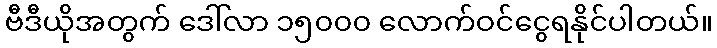
ဗီဒီယိုအတွက် ဒေါ်လာ ၁၅၀၀၀ လောက်ဝင်ငွေရနိုင်ပါတယ်။